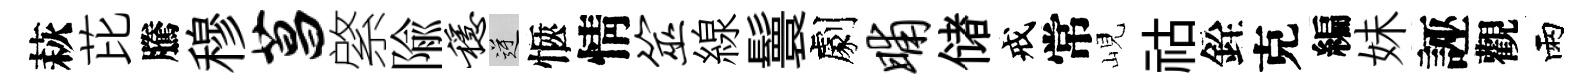
萩芘騰穆菖綮隃稳逆愜情筮線鬟劇晡储戒常峴祜銓克編妹誣觀雨